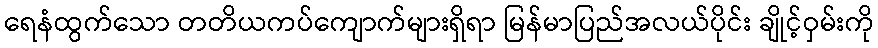
ရေနံထွက်သော တတိယကပ်ကျောက်များရှိရာ မြန်မာပြည်အလယ်ပိုင်း ချိုင့်ဝှမ်းကို